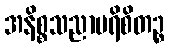
အနိစ္စသညာပရိစိတဉ္စ